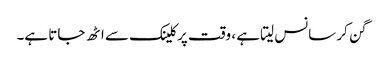
گن کر سانس لیتا ہے ، وقت پرکلینک سے اٹھ جاتا ہے۔